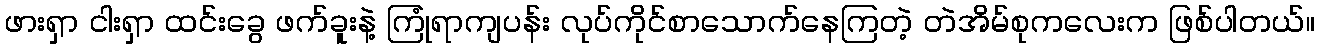
ဖားရှာ ငါးရှာ ထင်းခွေ ဖက်ခူးနဲ့ ကြုံရာကျပန်း လုပ်ကိုင်စာသောက်နေကြတဲ့ တဲအိမ်စုကလေးက ဖြစ်ပါတယ်။